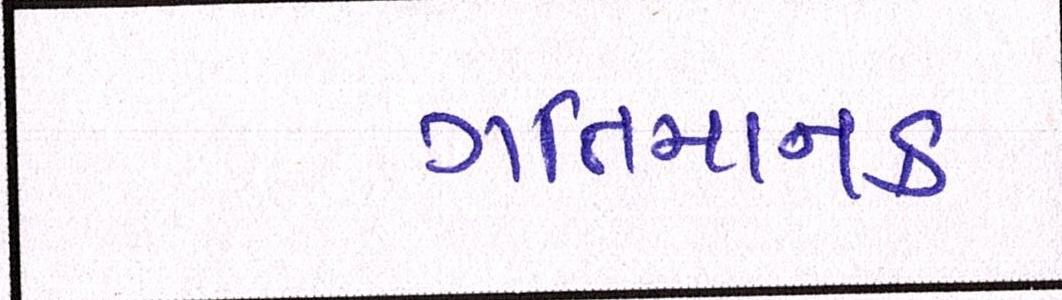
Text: ગતિમાનક